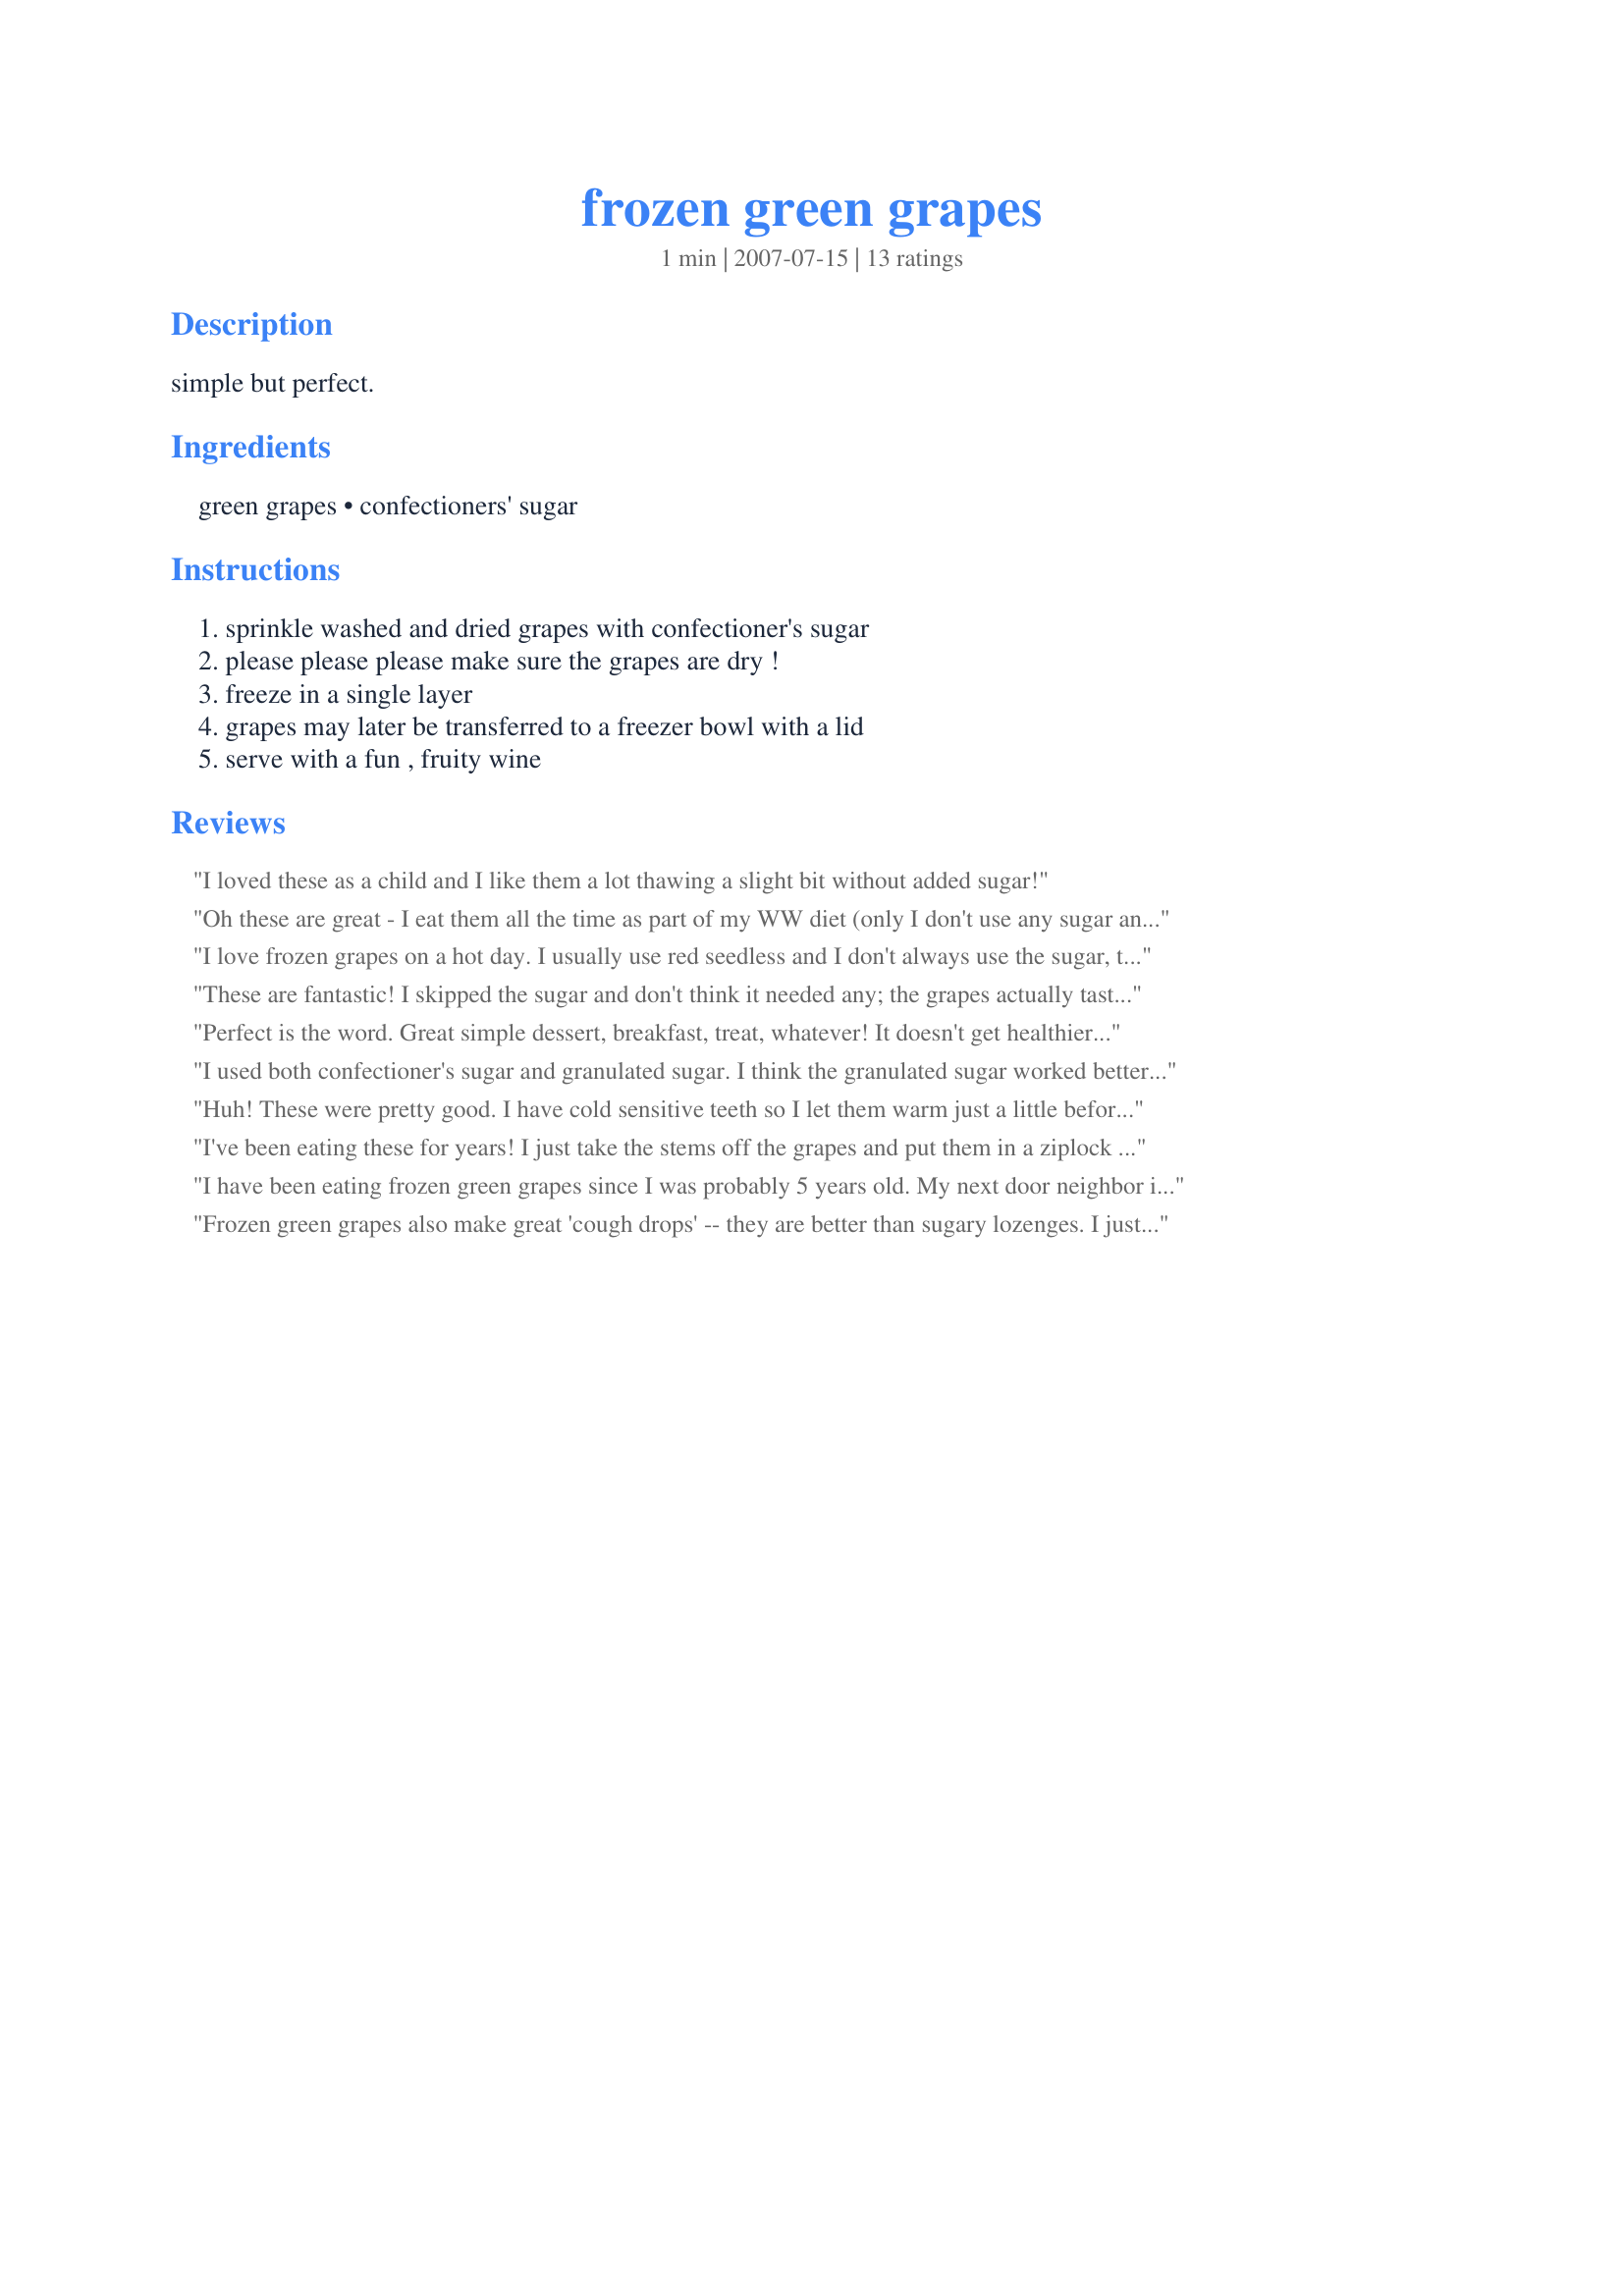
frozen green grapes
Preparation time: 1 minutes

simple but perfect.

Ingredients:
green grapes, confectioners' sugar

Steps:
sprinkle washed and dried grapes with confectioner's sugar, please please please make sure the grapes are dry !, freeze in a single layer, grapes may later be transferred to a freezer bowl with a lid, serve with a fun , fruity wine

Reviews:
I loved these as a child and I like them a lot thawing a slight bit without added sugar!
Oh these are great - I eat them all the time as part of my WW diet (only I don't use any sugar and usually just dump a bag of green grapes in the freezer as is). These are really good and, bizarrely, taste a lot more like sweets than like fruit once they're frozen. I don't remember where I got the idea from, but it's a recipe you should definitely try!
I love frozen grapes on a hot day. I usually use red seedless and I don't always use the sugar, they are a treat. I do raspberries too! YUM!
These are fantastic! I skipped the sugar and don't think it needed any; the grapes actually tasted sweeter frozen than they did fresh. The best thing about this recipe is that it's such a great, healthy and low-fat snack. I often succumb to my afternoon sweet cravings after my dd's go down for their nap, and with these there's no guilt involved. Even if you're not trying to lose weight, you can't go wrong with a healthy snack, right? I love these best about 10 minutes out of the freezer, frozen but not rock-hard (the same way I like my ice cream). This is ingenious, thanks for sharing!
Perfect is the word. Great simple dessert, breakfast, treat, whatever! It doesn't get healthier or tastier than this!
I used both confectioner's sugar and granulated sugar. I think the granulated sugar worked better and adhered to the grapes better. Both tasted good, but the granulated looked better in the photograph, so that is what is depicted. I was surprised how tasty they were frozen as they were a bit sour before I froze them. Definitely improved sweetness. Made for Help A Naked recipe.
Huh! These were pretty good. I have cold sensitive teeth so I let them warm just a little before I took a bite. Nice and refreshing and they fizzed really nice when plopped into some champagne.
I've been eating these for years! I just take the stems off the grapes and put them in a ziplock bag and throw them in the freezer. Great treat in the summer. DH thinks I'm weird, but I started letting DD try them (great for teething!) and she loves them. :) I skip the sugar. If your grapes are ripe, I don't think you need them (might be pretty though).
I have been eating frozen green grapes since I was probably 5 years old. My next door neighbor introduced me to them back then and I still eat them today. They are so good and cold on a hot summer day. I love the green grapes that are very green and firm... I find that these produce the best texture and flavor. I just usually wash them and throw the whole bunch (stems and all) into the freezer for a few hours before enjoying... such a simple fruity snack!
Frozen green grapes also make great 'cough drops' -- they are better than sugary lozenges. I just freeze a package of grapes and then suck on them when I have a sore throat. They are very soothing!
I agree these are very sweet & tasty. I actually discovered the same idea (without the sugar) when my refrigerator was so cold that it accidentally froze the grapes. I'd like to offer one word of caution though, I think people should think twice before offering this treat to young children as it might be a choking hazard.
Try the frozen grapes (red or green) in white wine. It will keep it chilled longer and it does not dilute the wine! Cheers.
I came up against this recipe by accident, and knew I had to give another rating. I love frozen grapes - but never had it with confectioner's sugar. Great idea for a lovely presentation! Good job, Mirj!
